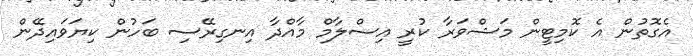
އެގޮތުން އެ ކޮމިޓީން މަޝްވަރާ ކުރީ އިސްލާމް މާއްދާ އިނގިރޭސި ބަހުން ކިޔަވައިދޭން